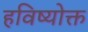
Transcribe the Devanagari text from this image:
हविष्योक्त